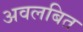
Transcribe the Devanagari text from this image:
अवलबित